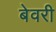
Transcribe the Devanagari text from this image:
बेवरी